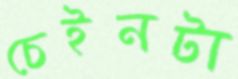
চেইনটা